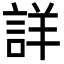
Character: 詳